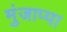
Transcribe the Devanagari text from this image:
मुंजाप्पा